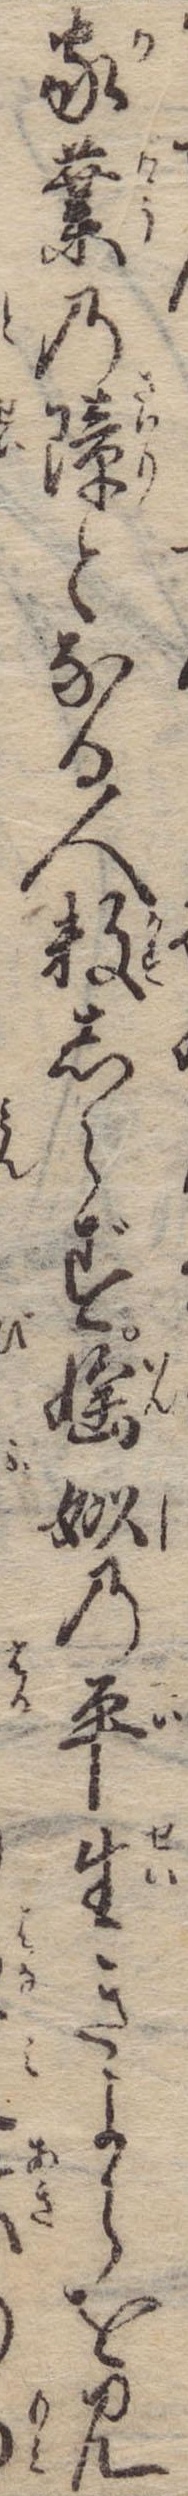
家業の障となる人数しらず淫姒の平生きよらを見